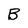
Character: B